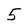
Character: 5